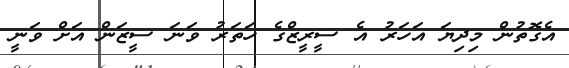
އެގޮތުން މިދިޔަ އަހަރު އެ ސީރީޒްގެ ހަތަރު ވަނަ ސީޒަން އަށް ވަނީ